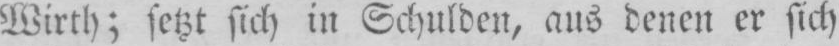
Wirth; setzt sich in Schulden, aus denen er sich